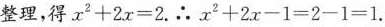
整理，得$$x ^ { 2 } + 2 x = 2$$.∴ $$x ^ { 2 } + 2 x - 1 = 2 - 1 = 1$$.